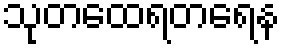
သုတထေရတရေန